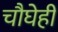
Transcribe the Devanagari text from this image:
चौघेही